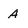
Character: A